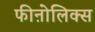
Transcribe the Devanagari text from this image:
फीऩोलिक्स